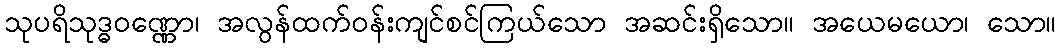
သုပရိသုဒ္ဓဝဏ္ဏော၊ အလွန်ထက်ဝန်းကျင်စင်ကြယ်သော အဆင်းရှိသော။ အယေမယော၊ သော။